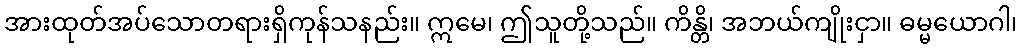
အားထုတ်အပ်သောတရားရှိကုန်သနည်း။ ဣမေ၊ ဤသူတို့သည်။ ကိန္တိ၊ အဘယ်ကျိုးငှာ။ ဓမ္မယောဂါ၊